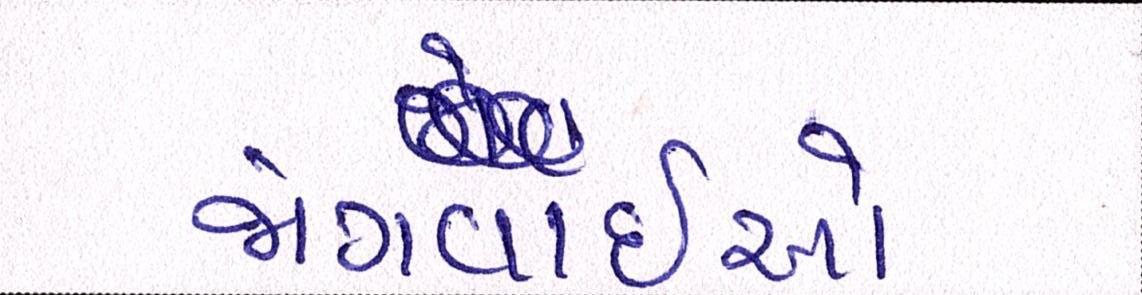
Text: જોગવાઇઓ